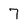
Character: 7